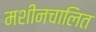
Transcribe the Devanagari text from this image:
मशीनचालित